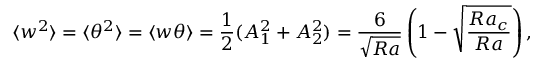
\langle w ^ { 2 } \rangle = \langle \theta ^ { 2 } \rangle = \langle w \theta \rangle = \frac { 1 } { 2 } ( A _ { 1 } ^ { 2 } + A _ { 2 } ^ { 2 } ) = \frac { 6 } { \sqrt { R a } } \left( 1 - \sqrt { \frac { R a _ { c } } { R a } } \right) ,